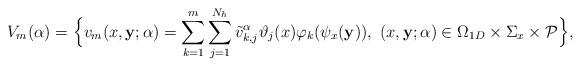
LaTeX: \begin{align*}V_{m}(\alpha)=\Big\{ v_{m}(x, {\bf y}; \alpha) = \displaystyle \sum_{k=1}^{m}\sum_{j=1}^{N_h} {\tilde v}_{k, j}^\alpha \vartheta_j(x) \varphi_k(\psi_x({\bf y})),\ (x, {\bf y}; \alpha)\in \Omega_{1D} \times\Sigma_x\times {\mathcal P} \Big\},\end{align*}